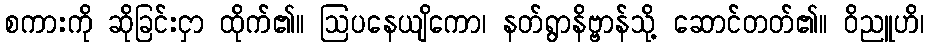
စကားကို ဆိုခြင်းငှာ ထိုက်၏။ ဩပနေယျိကော၊ နတ်ရွာနိဗ္ဗာန်သို့ ဆောင်တတ်၏။ ဝိညူဟိ၊